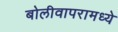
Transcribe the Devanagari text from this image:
बोलीवापरामध्ये